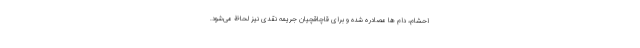
احشام، دام ها مصادره شده و برای قاچاقچیان جریمه نقدی نیز لحاظ می‌شود.